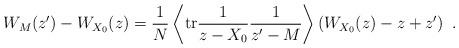
LaTeX: \begin{align*}W_M(z')-W_{X_0}(z)=\frac{1}{N}\left\langle\mathrm{tr}\frac{1}{z-X_0}\frac{1}{z'-M}\right\rangle\left(W_{X_0}(z)-z+z'\right)\ .\end{align*}